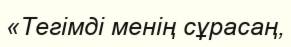
«Тегімді менің сұрасаң,